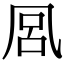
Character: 𭂴